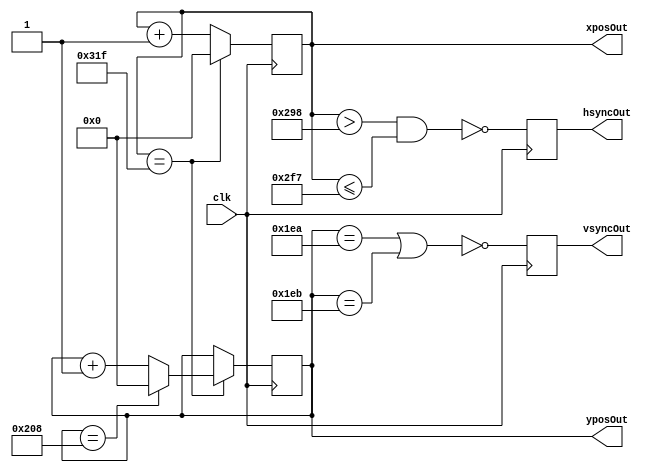
// -----------------------------------------------
// 640x480 @ 60Hz, from a 25MHz input clock
// line duration is slightly longer than spec, but 
// number of lines is fewer to compensate
// -----------------------------------------------
module video_timer(input clk,
						 output hsyncOut,
						 output vsyncOut,
						 output [9:0] xposOut,
						 output [9:0] yposOut);

	reg [9:0] xpos;
	reg [9:0] ypos;

	wire endline = (xpos == 799);

	always @(posedge clk) begin
		if (endline)
		  xpos <= 0;
		else
		  xpos <= xpos + 10'd1;
	end

	always @(posedge clk) begin
		if (endline) begin
			if (ypos == 520)
				ypos <= 0;
			else
				ypos <= ypos + 10'd1;	
		end
	end
		 
	reg hsync, vsync;
	always @(posedge clk) begin
		hsync <= ~(xpos > 664 && xpos <= 759);  // active for 96 clocks
		vsync <= ~(ypos == 490 || ypos == 491);   // active for lines 490 and 491
	end

	assign hsyncOut = hsync;
	assign vsyncOut = vsync;
	assign xposOut = xpos;
	assign yposOut = ypos;

endmodule